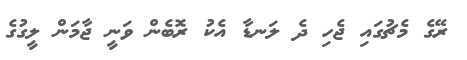
ރޭގެ މެޗުގައި ޖެހި ދެ ލަނޑާ އެކު ރޮބެން ވަނީ ޖާމަން ލީގުގެ